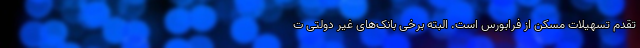
تقدم تسهیلات مسکن از فرابورس است. البته برخی بانک‌های غیر دولتی ت